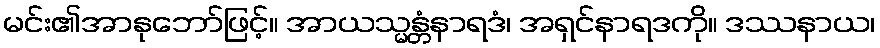
မင်း၏အာနုဘော်ဖြင့်။ အာယသ္မန္တံနာရဒံ၊ အရှင်နာရဒကို။ ဒဿနာယ၊